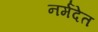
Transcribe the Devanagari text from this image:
नर्मदेत